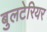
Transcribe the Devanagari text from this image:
बुलटेरियर